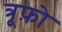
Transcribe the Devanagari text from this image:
त्रूफ़ो